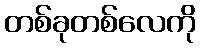
တစ်ခုတစ်လေကို